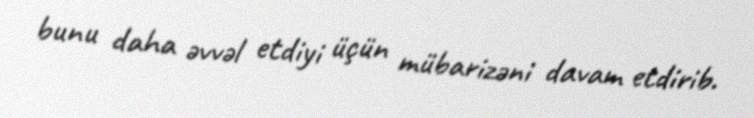
bunu daha əvvəl etdiyi üçün mübarizəni davam etdirib.